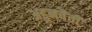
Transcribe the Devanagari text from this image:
अहुनवैती